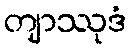
တျာဿုဒံ